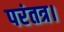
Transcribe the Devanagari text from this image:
परंतत्र।